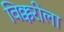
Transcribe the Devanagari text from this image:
विक्करीला